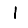
Digit: 1